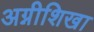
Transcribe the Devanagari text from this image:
अग्नीशिखा